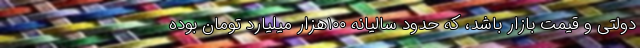
دولتی و قیمت بازار باشد، که حدود سالیانه ١٠٠هزار میلیارد تومان بوده